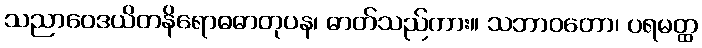
သညာဝေဒယိတနိရောဓဓာတုပန၊ ဓာတ်သည်ကား။ သဘာဝတော၊ ပရမတ္ထ